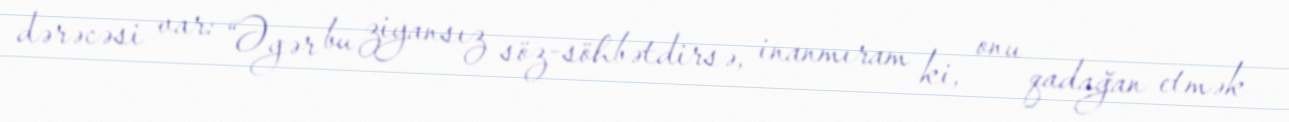
dərəcəsi var: “Əgər bu ziyansız söz-söhbətdirsə, inanmıram ki, onu qadağan etmək